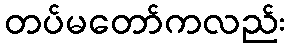
တပ်မတော်ကလည်း